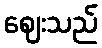
ဈေးသည်